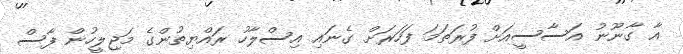
އާ ގާނޫނު އަސާސީއަށް ފުރަތަމަ ފަހަރަށް ގެނައި އިސްލާހު ރައްޔިތުންގެ މަޖިލީހުން ފާސް